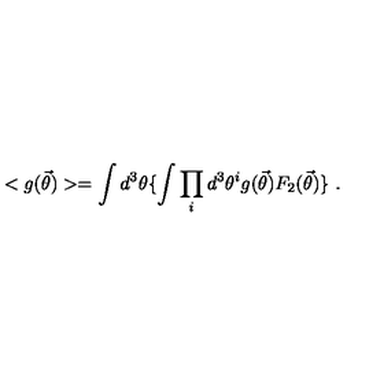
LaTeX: < g ( { \vec { \theta } } ) > = \int d ^ { 3 } \theta \{ \int \prod _ { i } d ^ { 3 } \theta ^ { i } g ( { \vec { \theta } } ) F _ { 2 } ( { \vec { \theta } } ) \} \ .